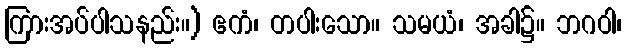
ကြားအပ်ပါသနည်း။) ဧကံ၊ တပါးသော။ သမယံ၊ အခါ၌။ ဘဂဝါ၊